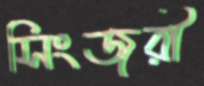
সিংজুরী